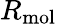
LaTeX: R_{\mathrm{mol}}